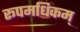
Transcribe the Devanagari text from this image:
रूपमधिकम्